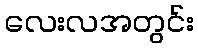
လေးလအတွင်း